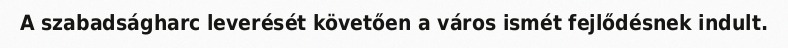
A szabadságharc leverését követően a város ismét fejlődésnek indult.